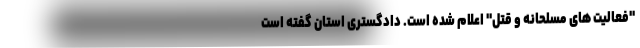
"فعالیت های مسلحانه و قتل" اعلام شده است. دادگستری استان گفته است